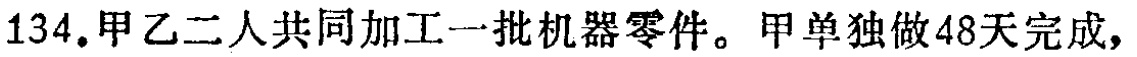
134. 甲乙二人共同加工一批机器零件。甲单独做48天完成，